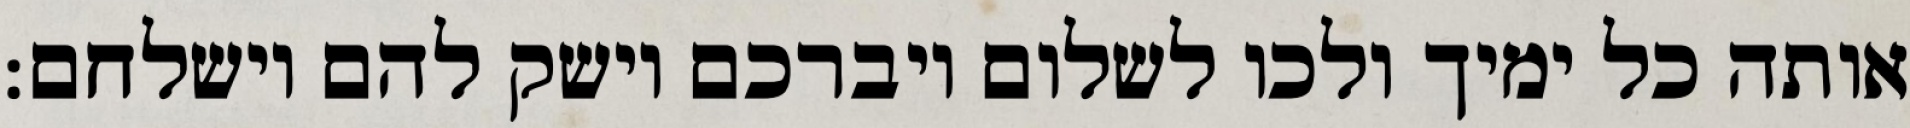
אותה כל ימיך ולכו לשלום ויברכם וישק להם וישלחם: